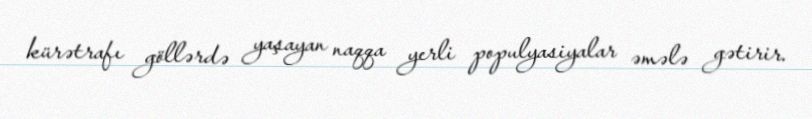
kürətrafı göllərdə yaşayan naqqa yerli populyasiyalar əmələ gətirir.